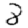
Digit: 8